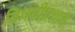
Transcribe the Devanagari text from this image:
विषयीप्रधान